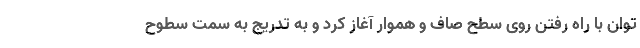
توان با راه رفتن روی سطح صاف و هموار آغاز کرد و به تدریج به سمت سطوح